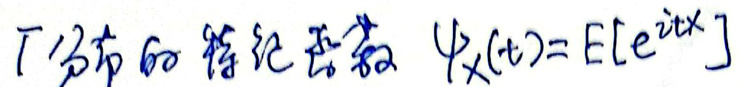
$\Gamma $分布的特征函数$ \quad \psi_X(t)=E\left[e^{itX}\right]$